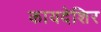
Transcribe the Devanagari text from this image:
कायदेशिर